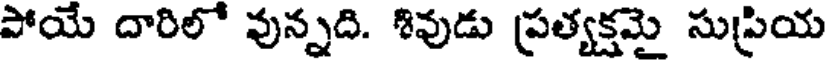
పోయే దారిలో వున్నది. శివుడు ప్రత్యక్షమై సుప్రియ